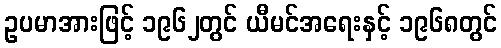
ဥပမာအားဖြင့် ၁၉၆၂တွင် ယီမင်အရေးနှင့် ၁၉၆၈တွင်